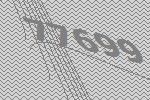
77699